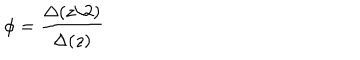
LaTeX: \phi = \frac { \Delta ( z / 2 ) } { \Delta ( z ) }